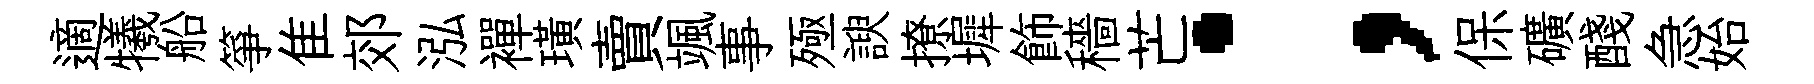
適犧船箏隹郊泓襌璜賣颯事殛諛撩墀飾穡芒；保礦醆急始